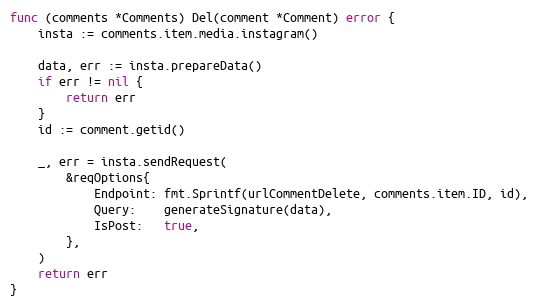
Language: Go
func (comments *Comments) Del(comment *Comment) error {
	insta := comments.item.media.instagram()

	data, err := insta.prepareData()
	if err != nil {
		return err
	}
	id := comment.getid()

	_, err = insta.sendRequest(
		&reqOptions{
			Endpoint: fmt.Sprintf(urlCommentDelete, comments.item.ID, id),
			Query:    generateSignature(data),
			IsPost:   true,
		},
	)
	return err
}